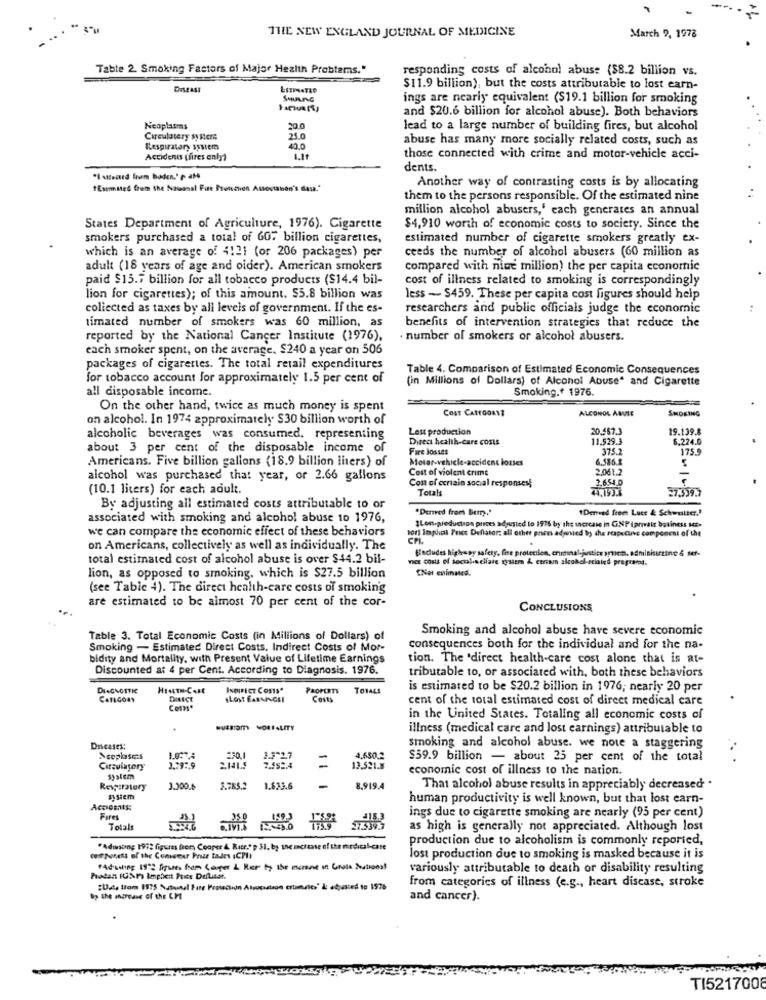
THE NEW ENGLAND JOURNAL OF MEDICINE
March 9, 1978
Table 2. Smoking Fastors of Major Health Problems."
responding costs of alcohol abuse ($8.2 billion vs.
DISEASE
LETPATIO
$11.9 billion), but the costs attributable to lost earn-
ings are nearly equivalent ($19.1 billion for smoking
and $20.6 billion for alcohol abuse). Both behaviors
Neoplasms
20.0
lead to a large number of building fires, but alcohol
Circulatery sy sters
21.0
abuse has many more socially related costs, such as
Respiratory system
40.0
Accidents (fires only)
those connected with crime and motor-vehicle acci-
dents.
"Esmited frem the Nauasal Fire Proneuen Assostahan's dass."
Another way of contrasting costs is by allocating
them to the persons responsible. Of the estimated nine
million alcohol abusers,' each generates an annual
States Department of Agriculture, 1976). Cigarette
$4,910 worth of economic costs to society. Since the
smokers purchased a total of GO7 billion cigarettes,
estimated number of cigarette smokers greatly ex-
which is an average of 4121 (or 206 packages) per
ceeds the number of alcohol abusers (60 million as
adult (18 years of age and oider). American smokers
compared with nine million) the per capita economic
paid $15.7 billion for all tobacco products ($14.4 bil-
cost of illness related to smoking is correspondingly
lion for cigarettes); of this amount. $5.8 billion was
less - $459. These per capita cost figures should help
collected as taxes by all levels of government. If the es-
researchers and public officials judge the economic
timated number of smokers was 60 million, as
benefits of intervention strategies that reduce the
reported by the National Cancer Institute (1976),
number of smokers or alcohol abusers.
each smoker spent, on the average. $240 a year on 506
packages of cigarettes. The total retail expenditures
Table 4. Comparison of Estimated Economic Consequences
for tobacco account for approximately 1.5 per cent of
(in Millions of Dollars) of Alcohol Abuse" and Cigarette
all disposable income.
Smoking.+ 1976.
On the other hand, twice as much money is spent
COST CATEGORYE
ALCOHOL ABUSE
SMOKING
on alcohol. In 1974 approximately $30 billion worth of
Les production
20.567.3
19.139.8
alcoholic beverages was consumed, representing
Direc health-care costs
11.529.3
6.224.
about 3 per cent of the disposable income of
Fare losses
375.2
1759
Americans. Five billion gallons (18.9 billion liters) of
Motor-vehicle-accident losses
6.586 1
5
Cost of violent crime
2,061.
alcohol was purchased that year, or 2.66 gallons
Cost of ecriain social responses!
(10.1 liters) for each adult.
Totals
2.6.54.0
27.339.7
By adjusting all estimated costs attributable to or
.Derved from Bem."
1Derved frem Lace & Schweitzer."
associated with smoking and alcohol abuse 10 1976,
we can compare the economic effect of these behaviors
sort Implict Friss Deflator: all other pren adwwwed by the respective component of the
1Lon-production prices adjusted to 1976 by the sacrcase in GNP tanvalr bstiness ME-
on Americans, collectively as well as individually. The
focudes highway safety, fire protection, criminal justice synem. admishirttine & sef-
total estimated cost of alcohol abuse is over $44.2 bil-
VICE Costa Of Social-scifade system & etiam alcohol-scialed programs.
lion, as opposed to smoking, which is $27.5 billion
(see Table 4). The direct health-care costs of smokin'g
are estimated to be almost 70 per cent of the cor-
CONCLUSIONS
Smoking and alcohol abuse have severe economic
Table 3. Total Economic Costs (in Millions of Dollars) of
Smoking - Estimated Direct Costs, Indirect Costs of Mor-
consequences both for the individual and for the na-
bidity and Mortality, with Present Value of Lifetime Earnings
tion. The 'direct health-care cost alone that is at-
Discounted at 4 per Cent. According to Diagnosis. 1976.
tributable to, or associated with, both these behaviors
DIAGNOSTIC
INDIRECT COSTS"
PROPERTY
TOTALS
is estimated to be $20.2 billion in 1976; nearly 20 per
CATEGORY
DIRECT
LOST EARNINGEI
Costs
cent of the total estimated cost of direct medical care
Costs.
in the United States. Totaling all economic costs of
-Usam NOREALITY
illness (medical care and lost earnings) attributable to
smoking and alcohol abuse. we note a staggering
Ncephases
1.0.74
230.1
1.3'27
=
4.650.2
$59.9 billion - about 25 per cent of the total
..
Car:viatory
2.852.4
13.521.8
economic cost of illness to the nation.
Respiratory
1.300.
3.785.2
1.633.6
-
8.919.4
That alcohol abuse results in appreciably decreased .
system
human productivity is well known, but that lost earn-
Fures
ings due to cigarette smoking are nearly (95 per cent)
Totals
as high is generally not appreciated. Although lost
production due to alcoholism is commonly reported,
"Adısting 1972 figures from Cooper & Rite."p 31. by the mactasse of the medical-care
cespunett of the Convener Prze tades ICPII
lost production due to smoking is masked because it is
"atwins 19's fiques ham coger & how to the msrent in Grass Daational
variously attributable to death or disability resulting
:U.A. from 1175 Nutsul Fate Protection Atvocation ertamales" & adjusted to 1978
from categories of illness (e.g ., heart disease, stroke
82 the ancreuse of the LHE
and cancer).
TI5217008